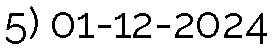
5) 01-12-2024